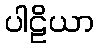
ပါဠိယာ